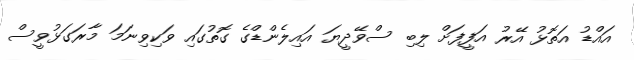
އައްޑު އަތޮޅު އޭރު އަފީފަށް ލިބި ސްވޭދީޔަ އައިލެންޑްގެ ގޮތުގައި ވަކިވިނަމަ މާރަގަޅުވީސް